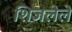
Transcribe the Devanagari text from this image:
शिजलेले